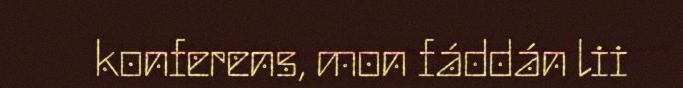
konferens, mon fáddán lii